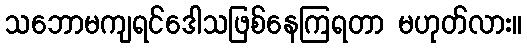
သဘောမကျရင်ဒေါသဖြစ်နေကြရတာ မဟုတ်လား။